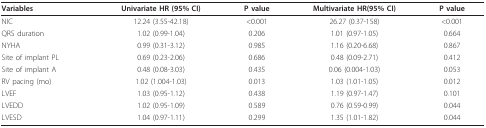
<table><thead><tr><td><b>Variables</b></td><td><b>Univariate HR (95% CI)</b></td><td><b>P value</b></td><td><b>Multivariate HR(95% CI)</b></td><td><b>P value</b></td></tr></thead><tbody><tr><td>NIC</td><td>12.24 (3.55-42.18)</td><td>&lt;0.001</td><td>26.27 (0.37-158)</td><td>&lt;0.001</td></tr><tr><td>QRS duration</td><td>1.02 (0.99-1.04)</td><td>0.206</td><td>1.01 (0.97-1.05)</td><td>0.664</td></tr><tr><td>NYHA</td><td>0.99 (0.31-3.12)</td><td>0.985</td><td>1.16 (0.20-6.68)</td><td>0.867</td></tr><tr><td>Site of implant PL</td><td>0.69 (0.23-2.06)</td><td>0.686</td><td>0.48 (0.09-2.71)</td><td>0.412</td></tr><tr><td>Site of implant A</td><td>0.48 (0.08-3.03)</td><td>0.435</td><td>0.06 (0.004-1.03)</td><td>0.053</td></tr><tr><td>RV pacing (mo)</td><td>1.02 (1.004-1.03)</td><td>0.013</td><td>1.03 (1.01-1.05)</td><td>0.012</td></tr><tr><td>LVEF</td><td>1.03 (0.95-1.12)</td><td>0.438</td><td>1.19 (0.97-1.47)</td><td>0.101</td></tr><tr><td>LVEDD</td><td>1.02 (0.95-1.09)</td><td>0.589</td><td>0.76 (0.59-0.99)</td><td>0.044</td></tr><tr><td>LVESD</td><td>1.04 (0.97-1.11)</td><td>0.299</td><td>1.35 (1.01-1.82)</td><td>0.044</td></tr></tbody></table>